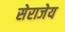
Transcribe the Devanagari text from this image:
सेराजेय